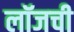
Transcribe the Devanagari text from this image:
लॉजची